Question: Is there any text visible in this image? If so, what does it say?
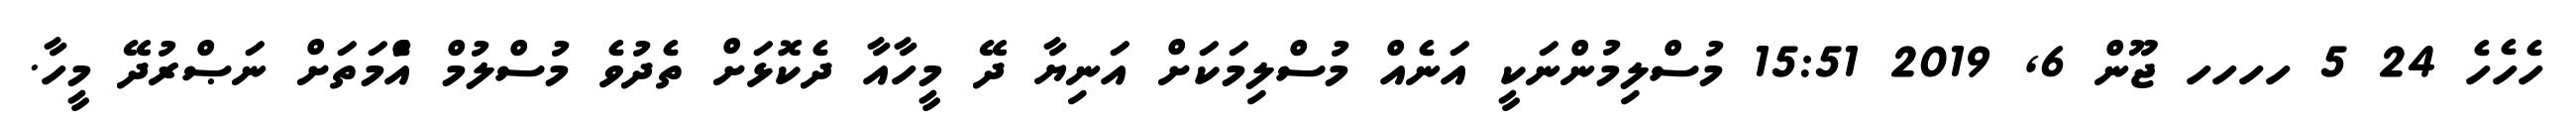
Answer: ހެހެހެ 24 5 ހހހހ ޖޫން 6, 2019 15:51 މުސްލިމުންނަކީ އަނެއް މުސްލިމަކަށް އަނިޔާ ދޭ މީހާއާ ދެކޮޅަށް ތެދުވެ މުސްލުމް އުެްމަތަށް ނަޞްރުދޭ މީހާ.